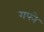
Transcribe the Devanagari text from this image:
गपने